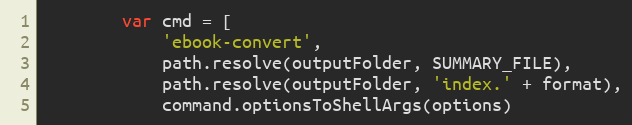
Language: JavaScript
        var cmd = [
            'ebook-convert',
            path.resolve(outputFolder, SUMMARY_FILE),
            path.resolve(outputFolder, 'index.' + format),
            command.optionsToShellArgs(options)